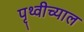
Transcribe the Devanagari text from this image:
पृथ्वीच्याल